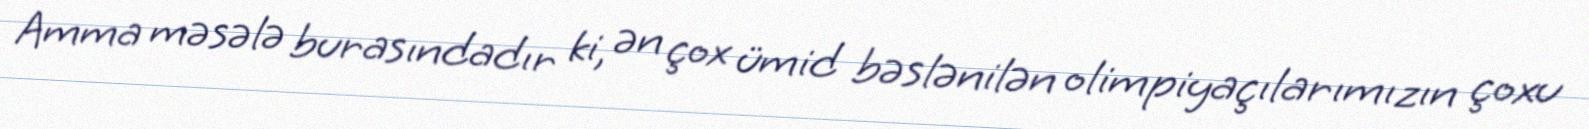
Amma məsələ burasındadır ki, ən çox ümid bəslənilən olimpiyaçılarımızın çoxu